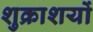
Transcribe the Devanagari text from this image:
शुक्राशयों